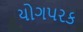
યોગપરક